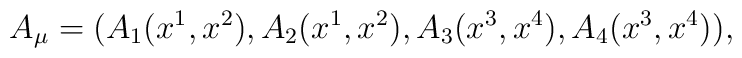
A_{\mu}=(A_{1}(x^{1},x^{2}),A_{2}(x^{1},x^{2}),A_{3}(x^{3},x^{4}),A_{4}(x^{3},x^{4})),